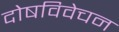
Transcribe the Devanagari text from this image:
दोषविवेचन